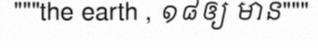
"""the earth , ១៨ឲ្យ មាន"""